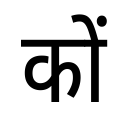
OCR:
कों